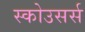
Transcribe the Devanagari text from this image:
स्कोउसर्स